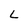
Character: L